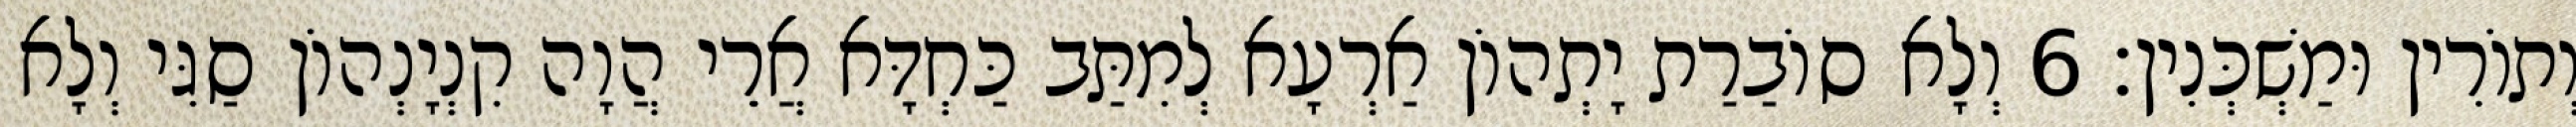
וְתוֹרִין וּמַשְׁכְּנִין׃ 6 וְלָא סוֹבַרַת יָתְהוֹן אַרְעָא לְמִתַּב כַּחְדָּא אֲרֵי הֲוָה קִנְיָנְהוֹן סַגִּי וְלָא